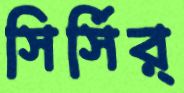
সির্‌সির্‌